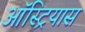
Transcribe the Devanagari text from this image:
ऑस्ट्रियास